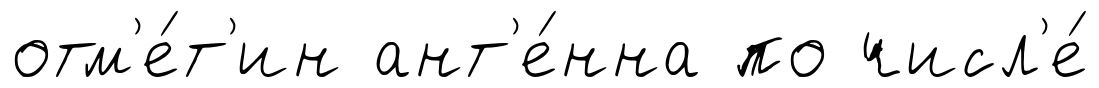
отм'е́т'ин ант'е́нна по числ'е́